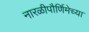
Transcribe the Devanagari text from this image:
नारळीपौर्णिमेच्या